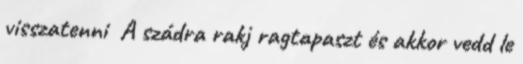
visszatenni A szádra rakj ragtapaszt és akkor vedd le